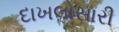
દાખલોસારી